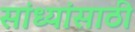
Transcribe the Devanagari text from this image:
सांध्यांसाठी